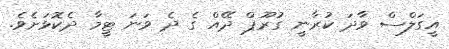
އީގަލްސް ވާދަ ކުރާނީ ގުރޫޕް ދޭއް ގެ ދެ ވަނަ ޓީމާ ދެކޮޅަށެވެ.